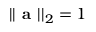
| | { \textbf { a } } | | _ { 2 } = 1